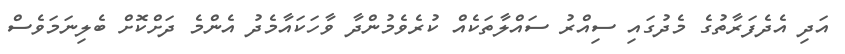
އަދި އެދެފަރާތުގެ މެދުގައި ސިއްރު ސައްލާތަކެއް ކުރެވެމުންދާ ވާހަކައާމެދު އެންމެ ދަށްކޮށް ބެލިނަމަވެސް